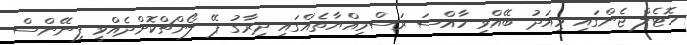
ހޮޓެލް ޖެންގައި މިއަދު ބޭއްވި ހާއްސަ ރަސްމިއްޔާތެއްގައި ދިރާގު ޕޭ ލޯންޗްކޮށްދެއްވީ ފިނޭންސް